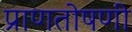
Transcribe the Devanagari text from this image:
प्राणतोषणी